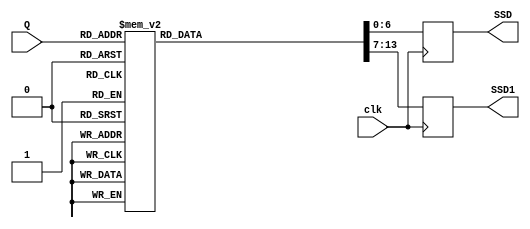
module displayCounter(SSD, SSD1,Q,clk);
input wire clk;
input wire [3:0] Q;
output reg [6:0] SSD, SSD1;



always @ (posedge clk)

case(Q)
     4'b0000:begin SSD =7'b 0000001; SSD1 =7'b1111111; end
	  4'b0001:begin SSD =7'b 1001111; SSD1 =7'b1111111; end
	  4'b0010:begin SSD =7'b 0010010; SSD1 =7'b1111111; end
	  4'b0011:begin SSD =7'b 0000110; SSD1 =7'b1111111; end
	  4'b0100:begin SSD =7'b 1001100; SSD1 =7'b1111111; end
	  4'b0101:begin SSD =7'b 0100100; SSD1 =7'b1111111; end
	  4'b0110:begin SSD =7'b 0100000; SSD1 =7'b1111111; end
	  4'b0111:begin SSD =7'b 0001111; SSD1 =7'b1111111; end
	  4'b1000:begin SSD =7'b 0000000; SSD1 =7'b1111111; end
	  4'b1001:begin SSD =7'b 0000100; SSD1 =7'b1111111; end
	  4'b1010:begin SSD =7'b 0000001; SSD1 =7'b1001111; end
	  4'b1011:begin SSD =7'b 1001111; SSD1 =7'b1001111; end
	  4'b1100:begin SSD =7'b 0010010; SSD1 =7'b1001111; end
	  4'b1101:begin SSD =7'b 0000110; SSD1 =7'b1001111; end
	  4'b1110:begin SSD =7'b 1001100; SSD1 =7'b1001111; end
	  4'b1111:begin SSD =7'b 0100100; SSD1 =7'b1001111; end
	  
endcase
endmodule